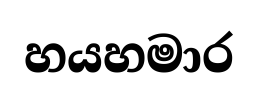
හයහමාර